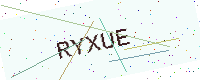
Text: RYXUE